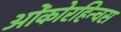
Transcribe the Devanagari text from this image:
ओंकोरहिन्चस